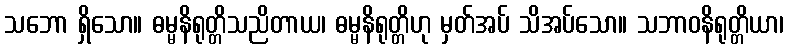
သဘော ရှိသော။ ဓမ္မနိရုတ္တိသညိတာယ၊ ဓမ္မနိရုတ္တိဟု မှတ်အပ် သိအပ်သော။ သဘာဝနိရုတ္တိယာ၊